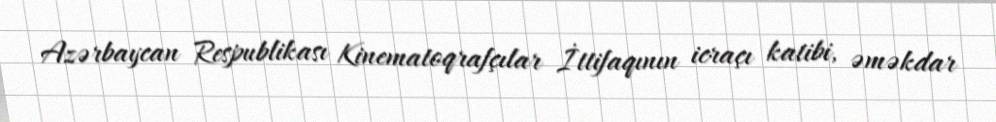
Azərbaycan Respublikası Kinematoqrafçılar İttifaqının icraçı katibi, əməkdar